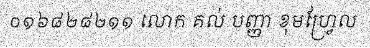
០១៦៨២៨២១១ លោក គល់ បញ្ញា ខុមហ្វ្រែល